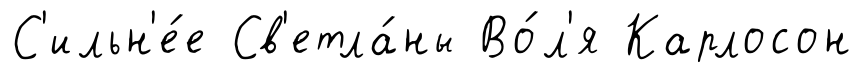
С'ильн'е́е Св'етла́ны Во́л'я Карлосон